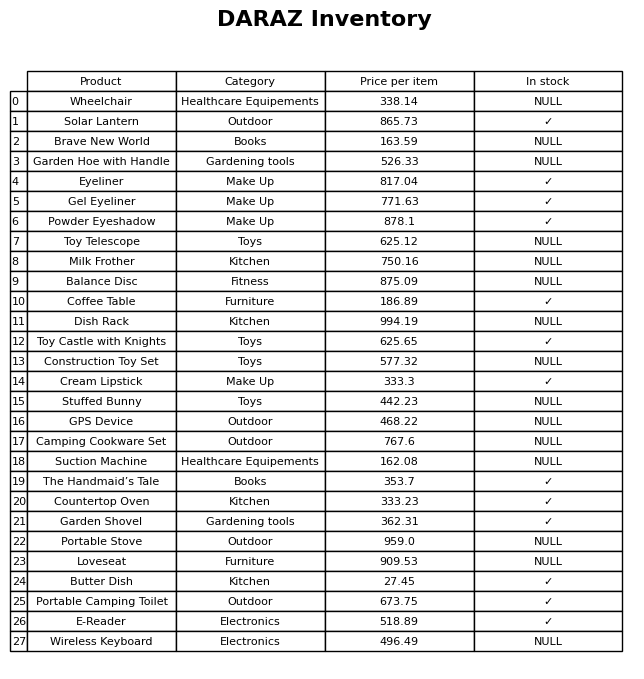
question: What is the price for Eyeliner?
answer: The price of Eyeliner is 817.04.